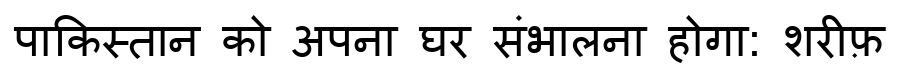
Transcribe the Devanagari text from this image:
पाकिस्तान को अपना घर संभालना होगा: शरीफ़